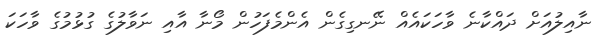
ނާއިލުއަށް ދައްކާނެ ވާހަކައެއް ނޭނގިގެން އެންމެފަހުން މޯނާ އާއި ނަވާލުގެ ގުޅުމުގެ ވާހަކަ